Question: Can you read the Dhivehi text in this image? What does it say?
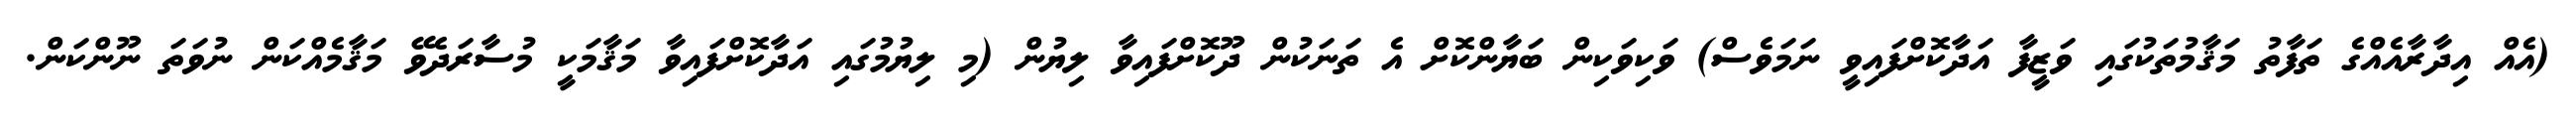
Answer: (އެއް އިދާރާއެއްގެ ތަފާތު މަޤާމުތަކުގައި ވަޒީފާ އަދާކޮށްފައިވީ ނަމަވެސް) ވަކިވަކިން ބަޔާންކޮށް އެ ތަނަކުން ދޫކޮށްފައިވާ ލިޔުން (މި ލިޔުމުގައި އަދާކޮށްފައިވާ މަޤާމަކީ މުސާރަދެވޭ މަޤާމެއްކަން ނުވަތަ ނޫންކަން.